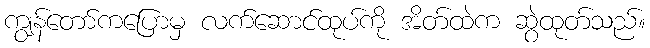
ကျွန်တော်ကပြောမှ လက်ဆောင်ထုပ်ကို အိတ်ထဲက ဆွဲထုတ်သည်။